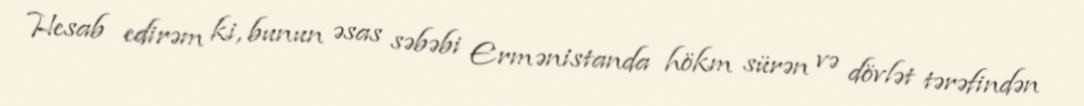
Hesab edirəm ki, bunun əsas səbəbi Ermənistanda hökm sürən və dövlət tərəfindən